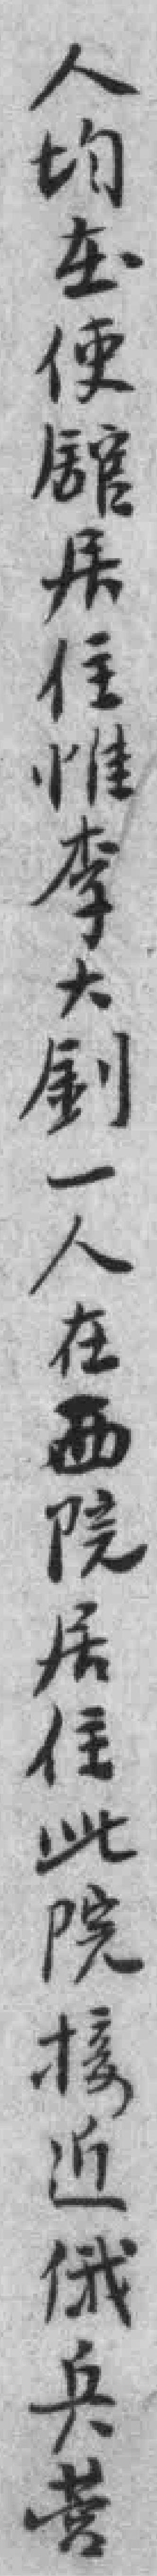
人均在使舘居住惟李大釗一人在西院居住此院接近俄兵营